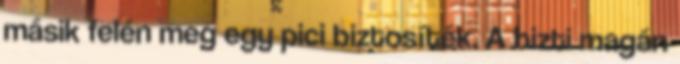
másik felén meg egy pici biztosíték. A bizti magán